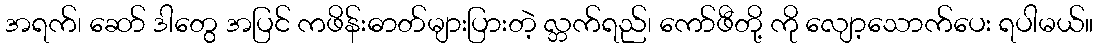
အရက်၊ ဆော် ဒါတွေ အပြင် ကဖိန်းဓာတ်များပြားတဲ့ လ္ဘက်ရည်၊ ကော်ဖီတို့ ကို လျော့သောက်ပေး ရပါမယ်။